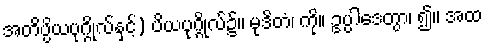
အတိပ္ပိယပုဂ္ဂိုလ်နှင့်) ပိယပုဂ္ဂိုလ်၌။ မုဒိတံ၊ ကို။ ဥပ္ပါဒေတွာ၊ ၍။ အထ